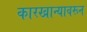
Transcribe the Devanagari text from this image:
कारखान्यावरून